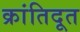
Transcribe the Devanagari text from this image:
क्रांतिदूत